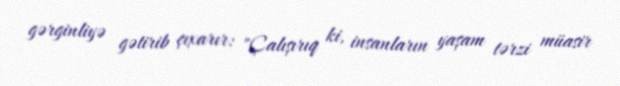
gərginliyə gətirib çıxarır: "Çalışırıq ki, insanların yaşam tərzi müasir